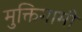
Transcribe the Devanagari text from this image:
मुक्तिगामी